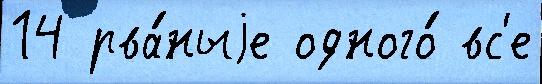
14 рва́ныjе одного́ вс'е